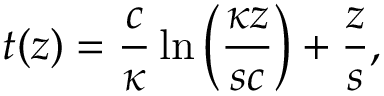
t ( z ) = \frac { c } { \kappa } \ln \left( \frac { \kappa z } { s c } \right) + \frac { z } { s } ,